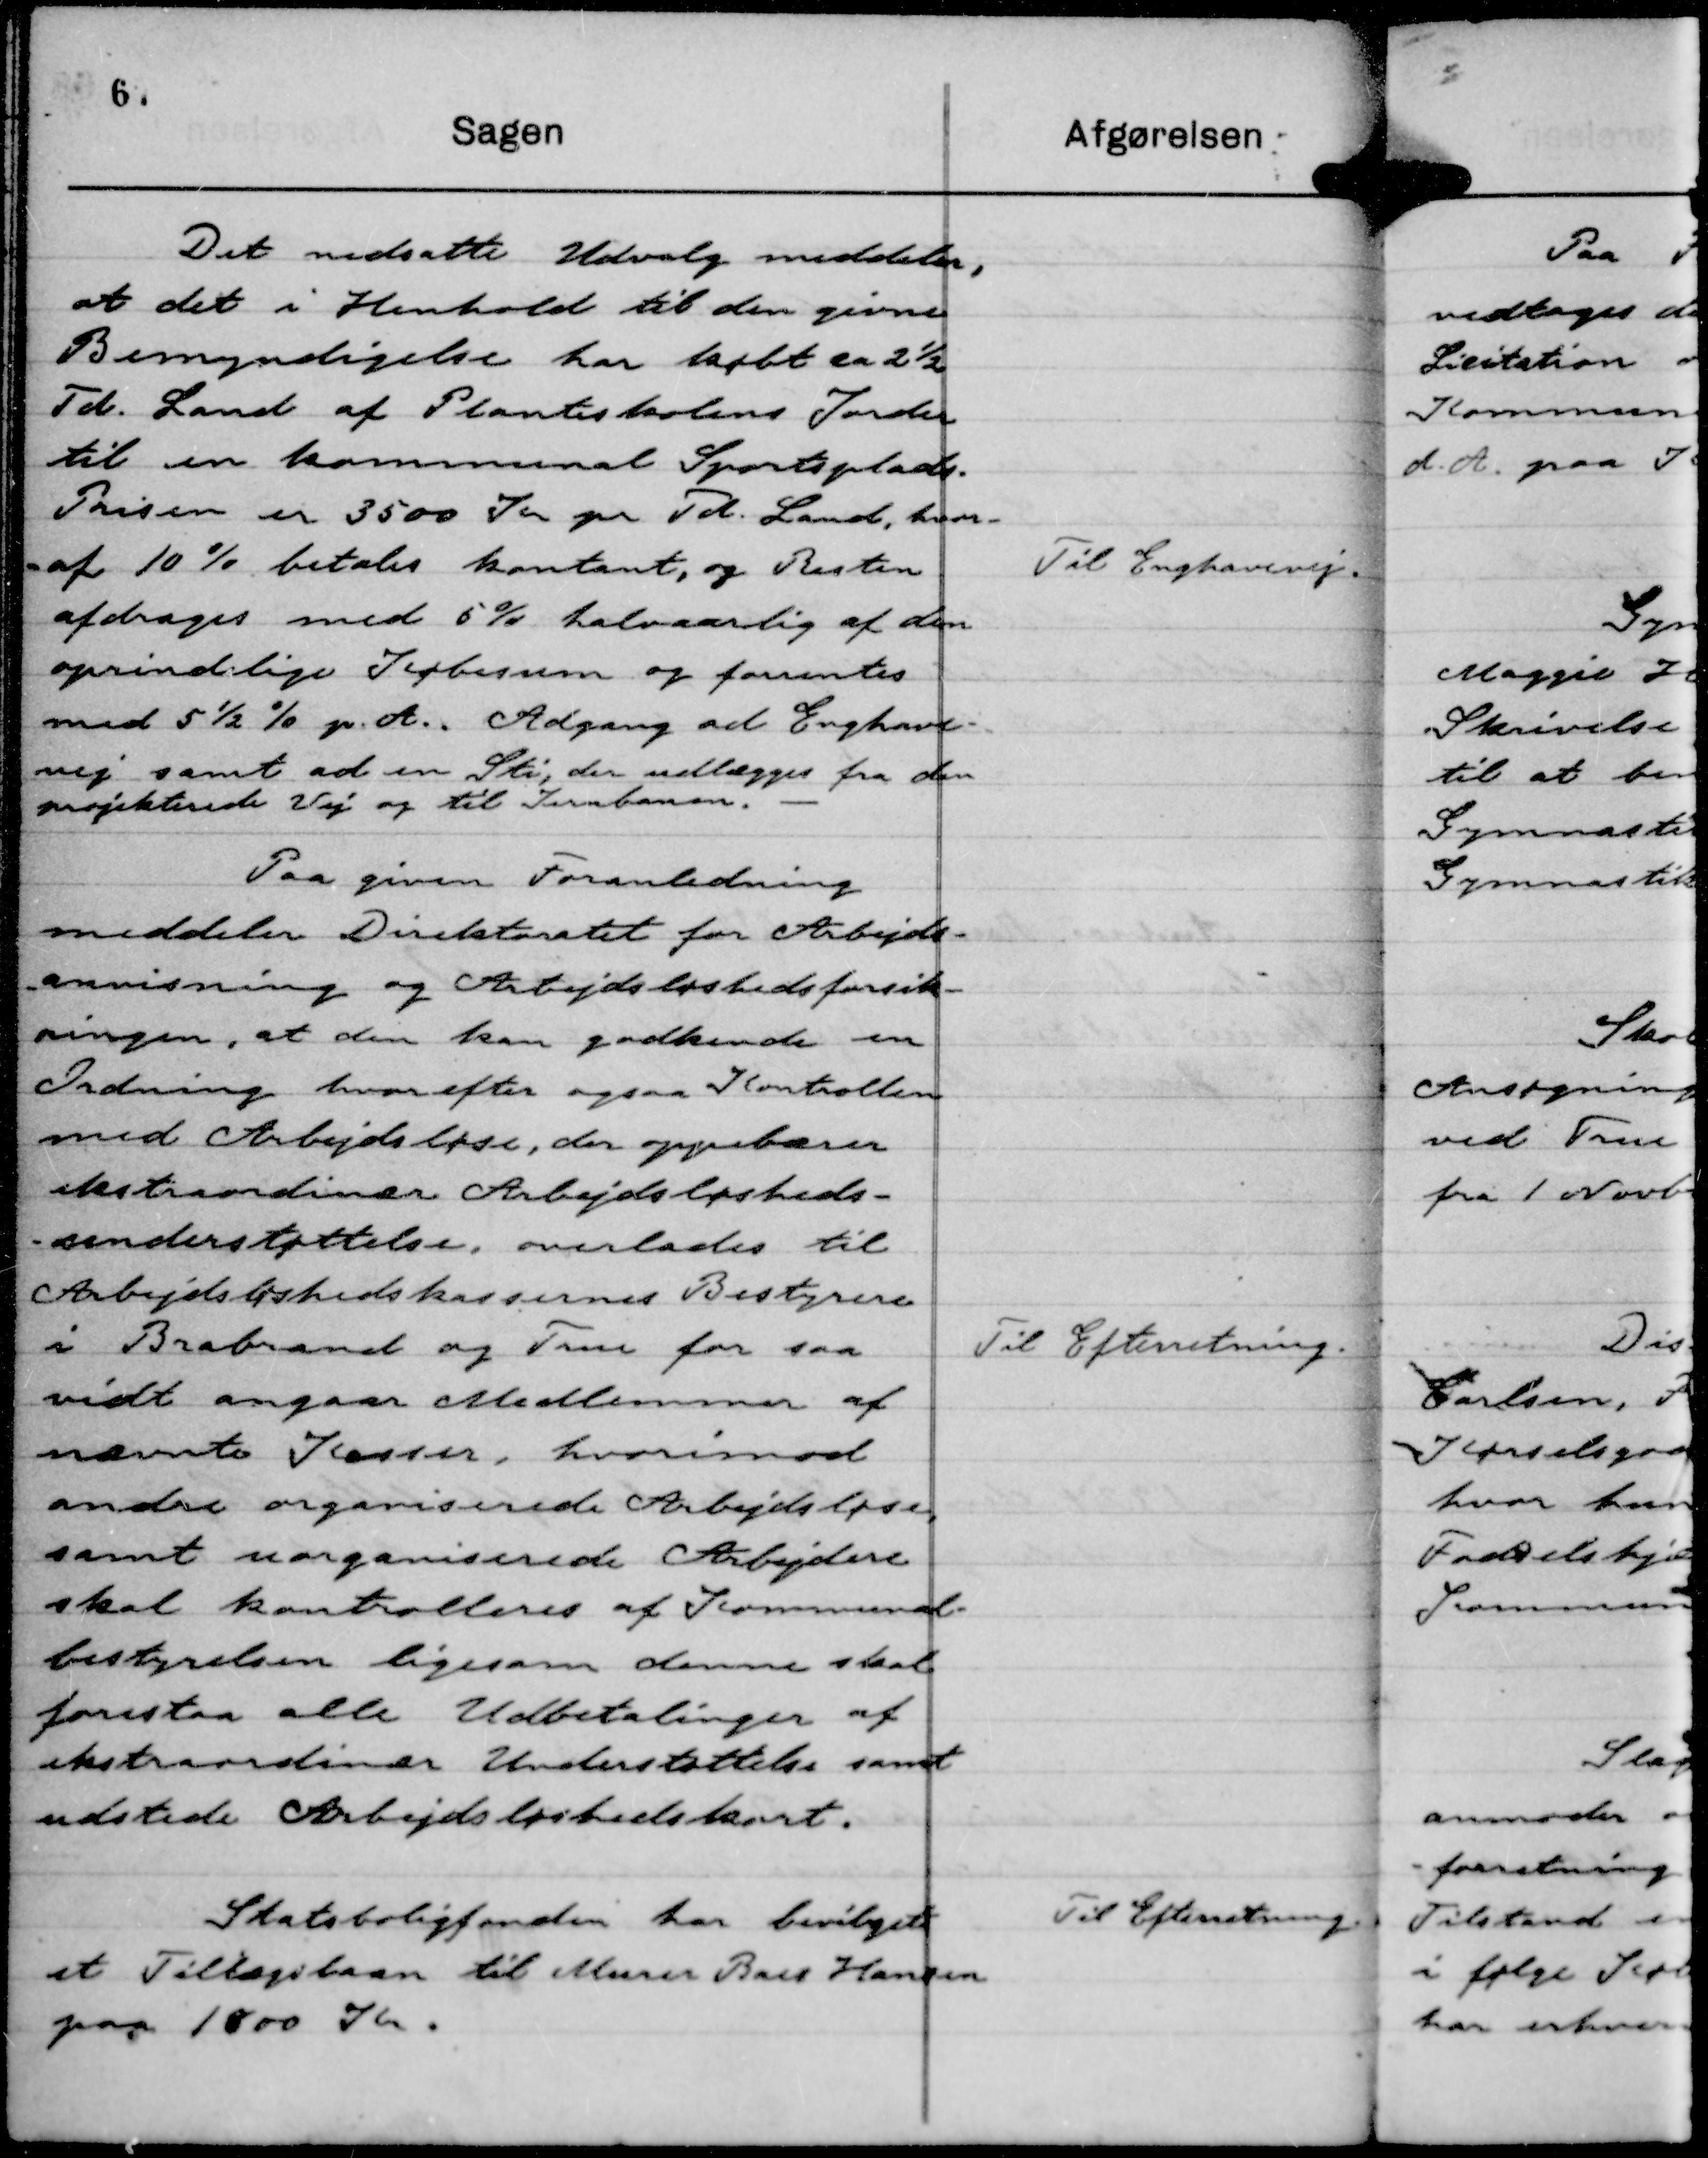
Transskription:
Det nedsatte Udvalg meddeler,
at det i Henhold til den givne
Bemyndigelse har købt en 2½
Td. Land af Planteskolens Jorder
til en kommunal Sportsplads.
Prisen er 3500 Kr pr Td. Land, hvor-
- af 10 % betales kontant, og Resten
afdrages med 5 % halvaarlig af den
oprindelige Købesum og forrentes
med 5½ % pr A.. Adgang ad Enghave-
vej samt ad en Sti, der udlægges fra den
projekterede Vej og til Jernbanen.

Til Enghavevej.

Paa given Foranledning
meddeler Direktoratet for Arbejds-
anvisning og Arbejdsløshedsforsik-
ringen, at den kan godkende en
Ordning hvorefter ogsaa Kontrollen
med Arbejdsløse, der oppebærer
ekstraordinær Arbejdsløsheds-
- understøttelse, overlades til
Arbejdsløshedskassernes Bestyrere
i Brabrand og True for saa
vidt angaar Medlemmer af
nævnte Kasser, hvorimod
andre organiserede Arbejdsløse,
samt uorganiserede Arbejdere
skal kontrolleres af Kommunal-
bestyrelsen ligesom denne skal
forestaa alle Udbetalinger af
ekstraordinær Understøttelse samt
udstede Arbejdsløshedskort.

Til Efterretning.

Statsboligfonden har bevilget
et Tillægslaan til Murer Baes Hansen
paa 1800 Kr.

Til Efterretning.